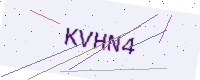
Text: KVHN4